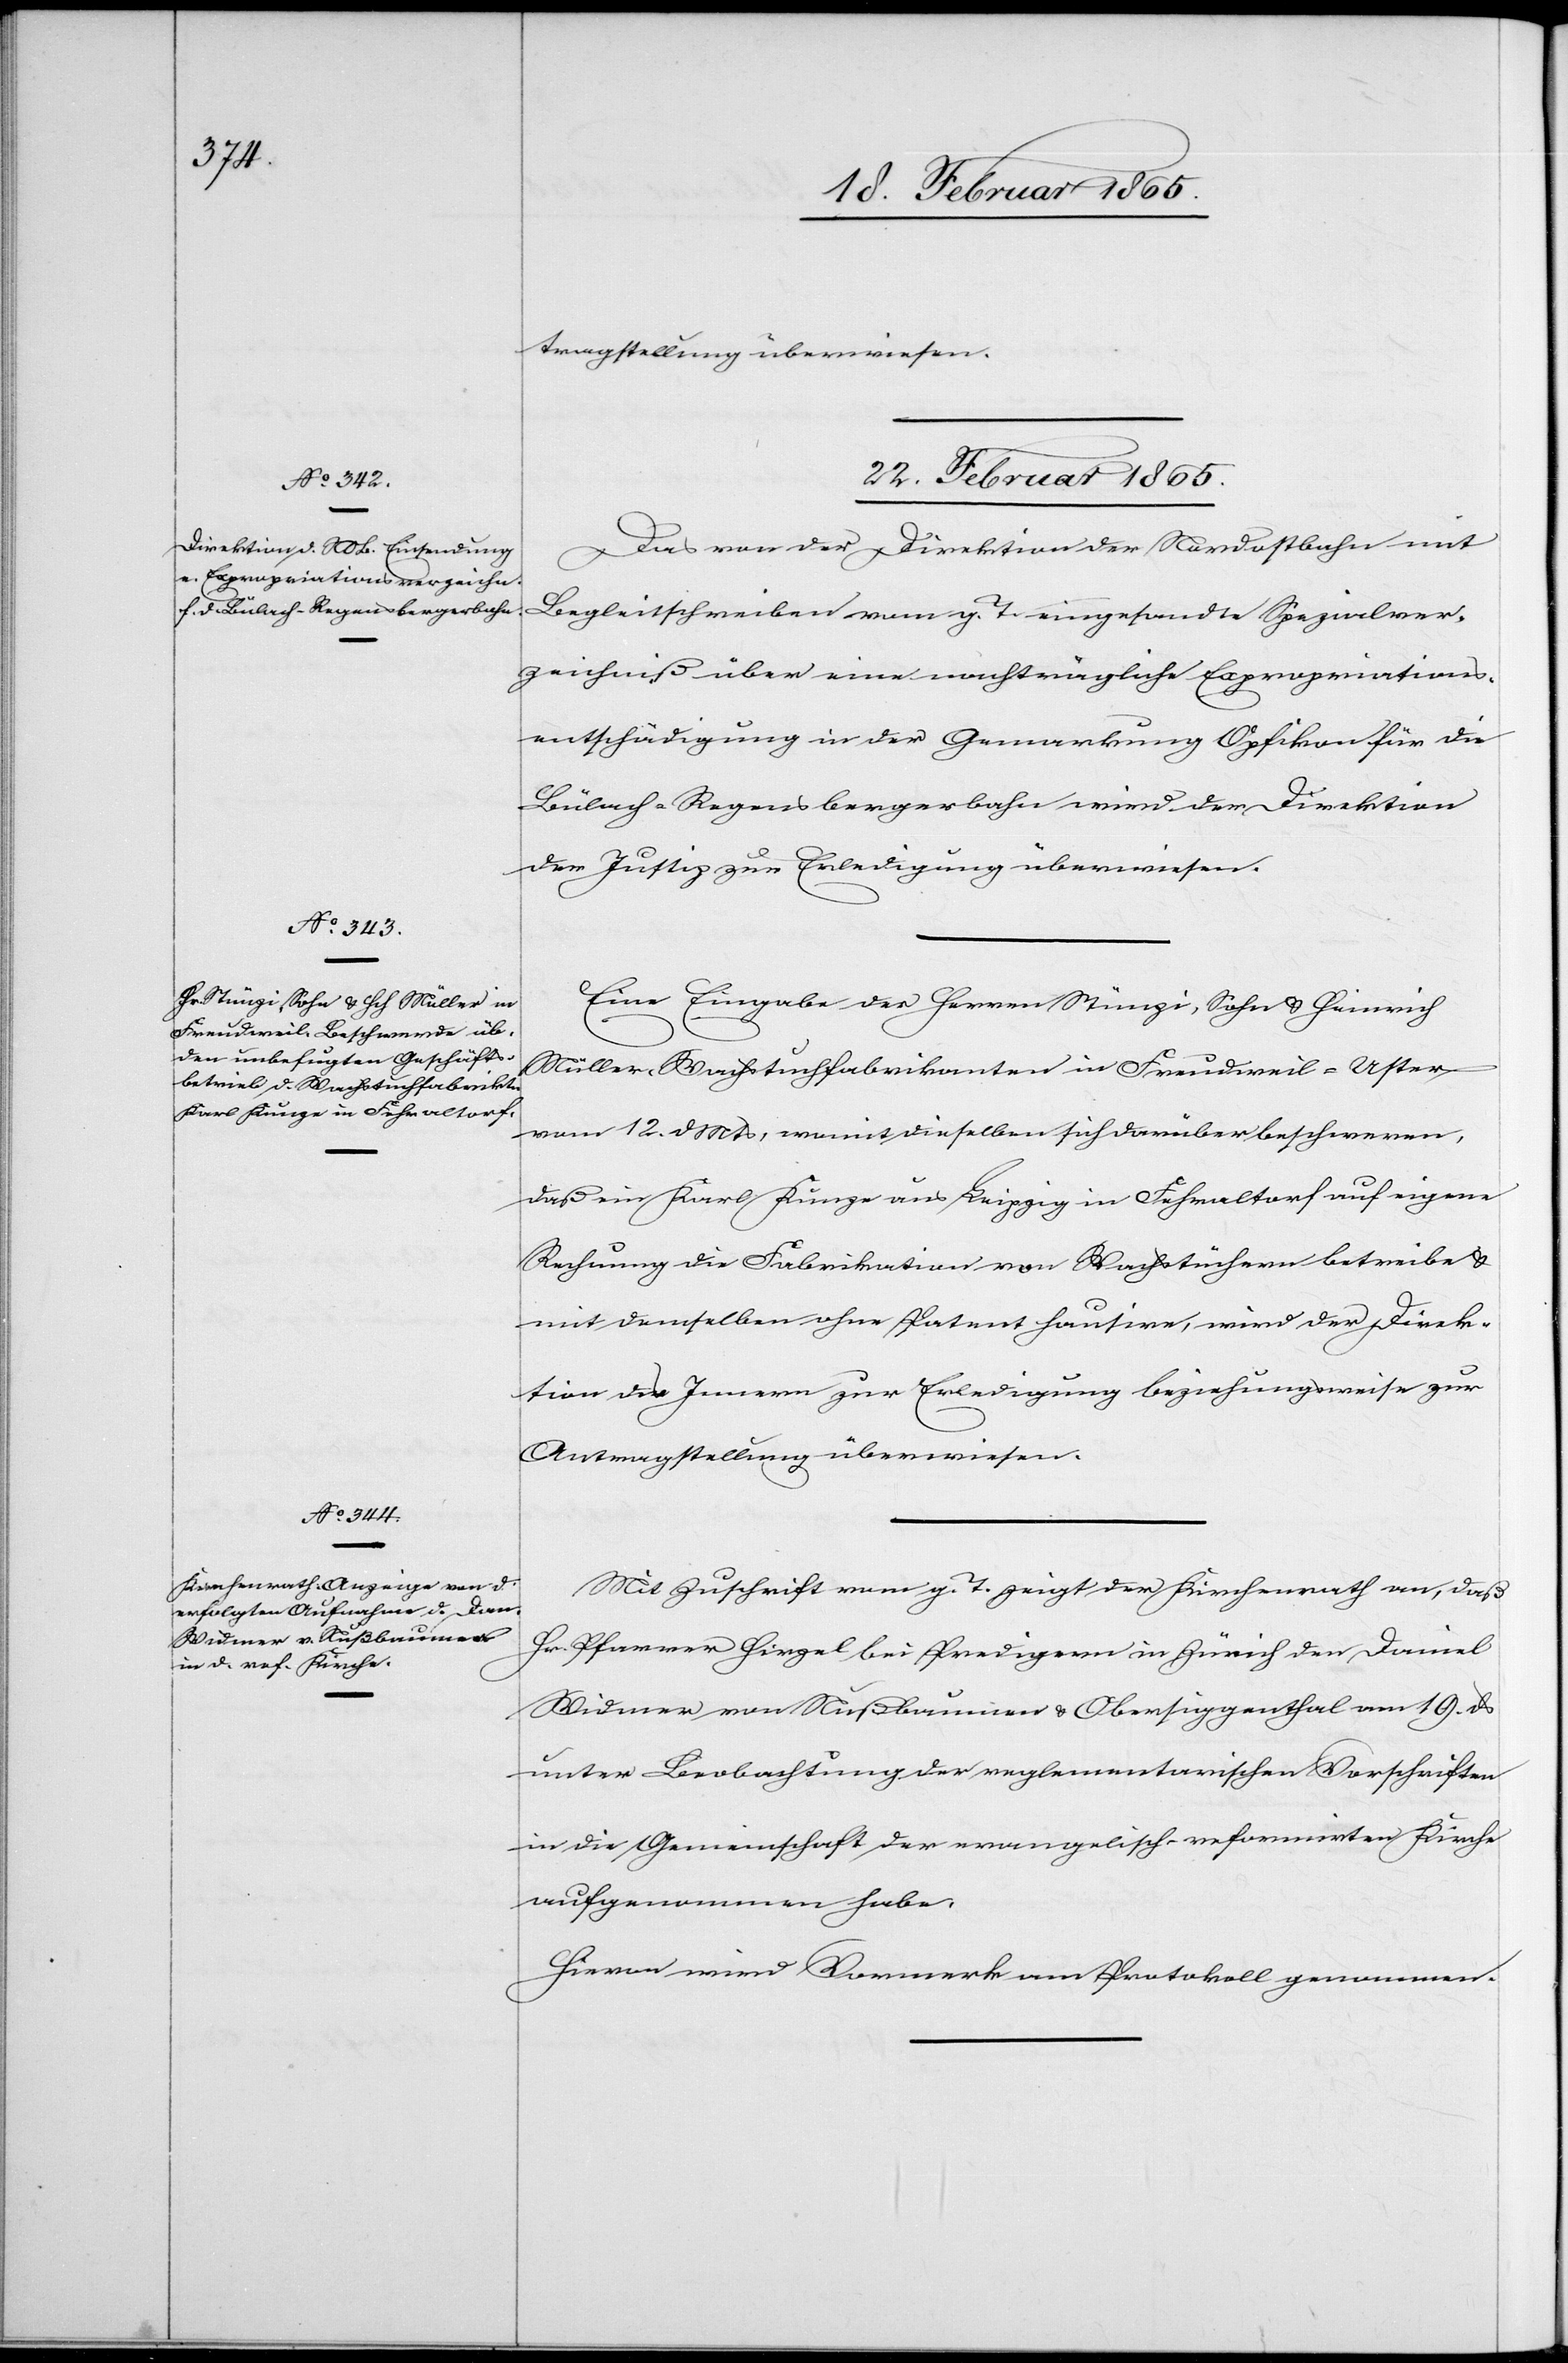
tragstellung überwiesen.
22. Februar 1865.]
Das von der Direktion der Nordostbahn mit
Begleitschreiben vom g. T. eingesandte Spezialver¬
zeichniß über eine nachträgliche Expropriations¬
entschädigung in der Gemarkung Opfikon für die
Bülach-Regensbergerbahn wird der Direktion
der Justiz zur Erledigung überwiesen.
Eine Eingabe der Herren Stünzi, Sohn u. Heinrich
Müller, Wachstuchfabrikanten in Freudweil-Uster
vom 12. d Mts, womit dieselben sich darüber beschweren,
daß ein Karl Kunze aus Leipzig in Fehraltorf auf eigene
Rechnung die Fabrikation von Wachstüchern betreibe u.
mit demselben ohne Patent hausire, wird der Direk¬
tion des Innern zur Erledigung beziehungsweise zur
Antragstellung überwiesen.
Mit Zuschrift vom g. T. zeigt der Kirchenrath an, daß
Hr. Pfarrer Hirzel bei Predigern in Zürich den Daniel
Widmer von Nußbaumen u. Obersiggenthal vom 19. ds
unter Beobachtung der reglementarischen Vorschriften
in die Gemeinschaft der evangelisch-reformirten Kirche
aufgenommen habe.
Hievon wird Vormerk am Protokoll genommen.